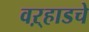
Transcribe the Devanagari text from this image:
वऱ्हाडचे